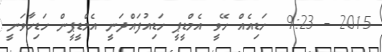
2015 - 9:23  ހަޑިއެއް ހޭވީ އެމްޑީޕީ ހަޑިއުފައްދަނީ އެމްޑީޕީން ހަޑިހާވަނީ